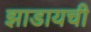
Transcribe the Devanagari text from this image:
झाडायची